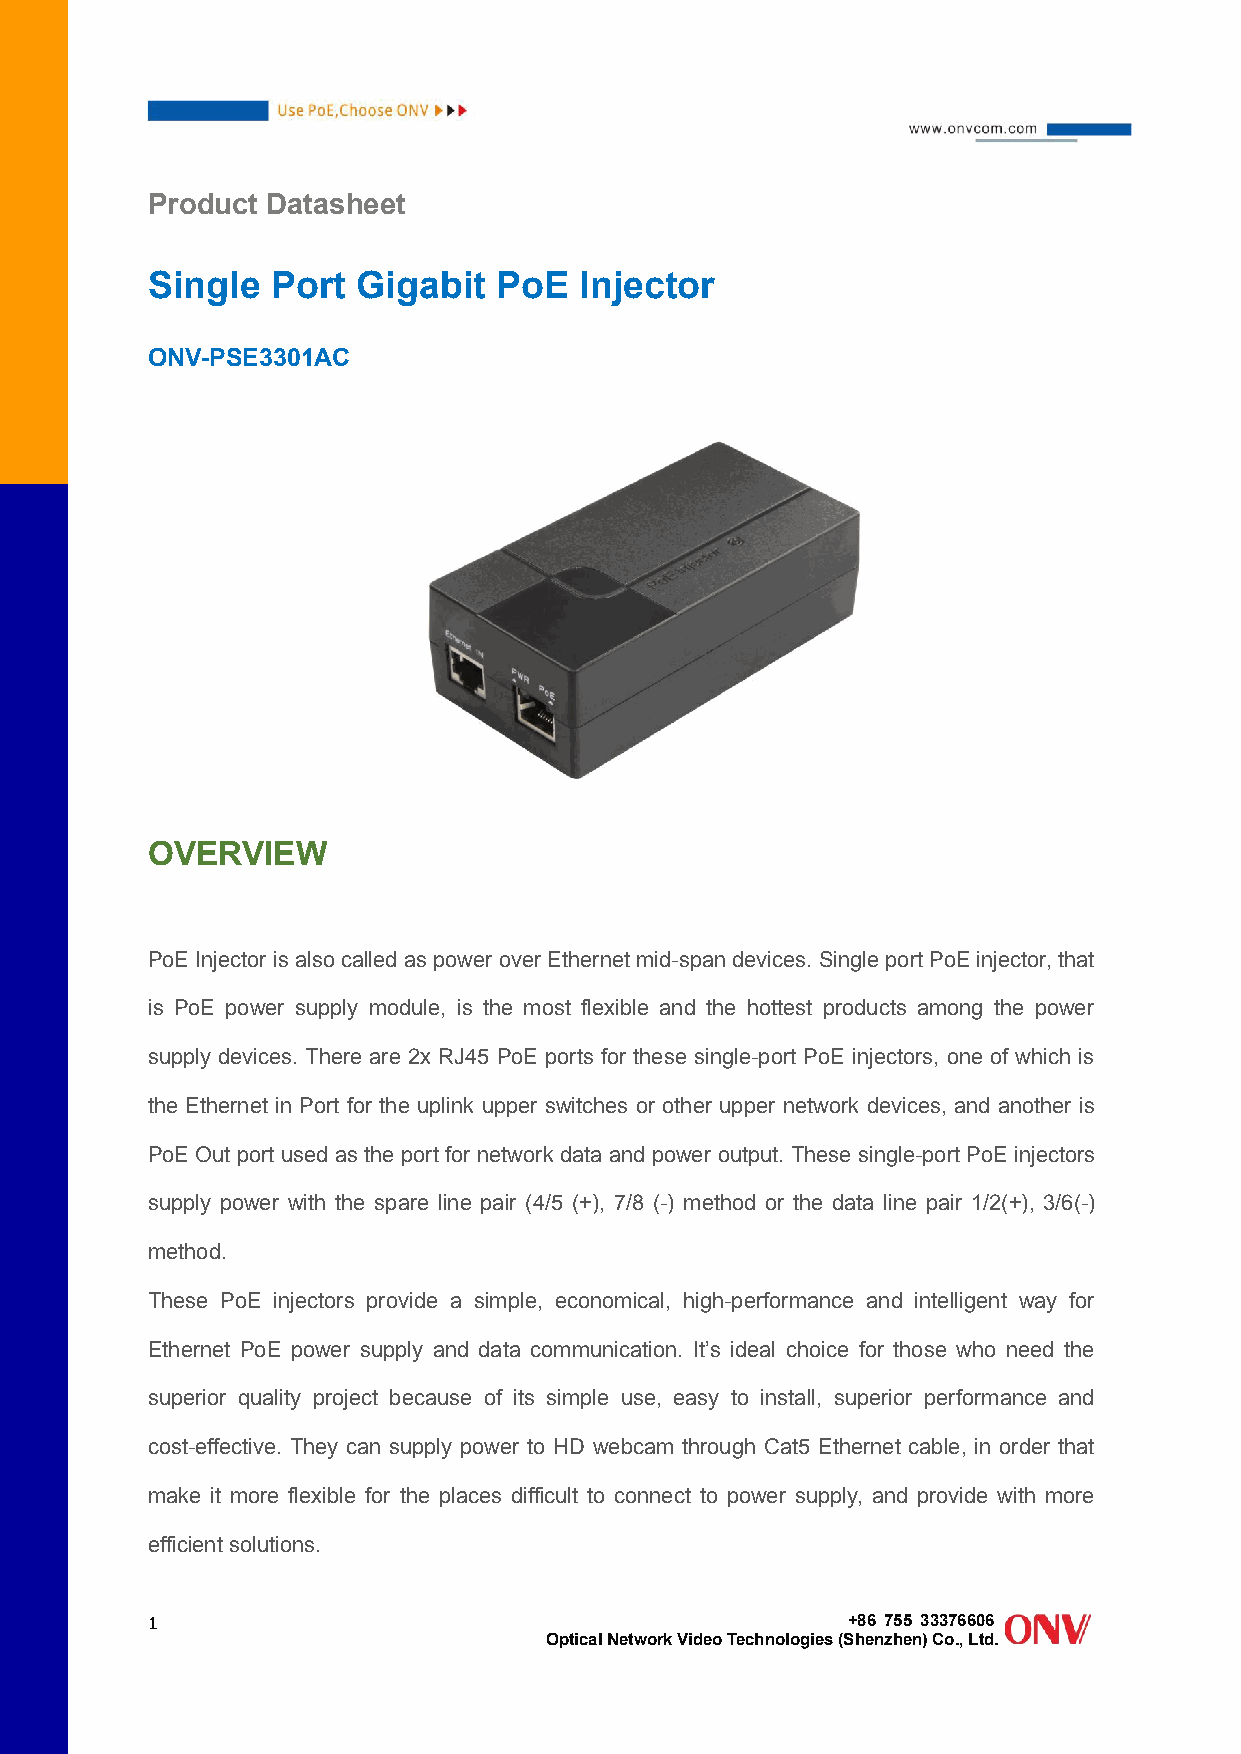
Product Datasheet
 Single  Port  Gigabit  PoE  Injector
 ONV-PSE3301AC
 OVERVIEW
 PoE Injector isalsocalled as power overEthernetmid-spandevices.SingleportPoE injector,that
 is PoE power supply module, is the most flexible and the hottest products among the power
 supply devices. There are 2x RJ45 PoE ports for these single-port PoE injectors, one of which is
 the Ethernet in Port for the uplink upper switches or other upper network devices, and another is
 PoE Out port used as the port for network data and power output.These single-port PoE injectors
 supply power with the spare line pair (4/5 (+), 7/8 (-) method or the data line pair 1/2(+), 3/6(-)
 method.
 These PoE injectors provide a simple, economical, high-performance and intelligent way for
 Ethernet PoE power supply and data communication. It’s ideal choice for those who need the
 superior quality project because of its simple use, easy to install, superior performance and
 cost-effective. They can supply power to HD webcam through Cat5 Ethernet cable, in order that
 make it more flexible for the places difficult to connect to power supply, and provide with more
 efficientsolutions.
 1                                             +86 755 33376606
 OpticalNetworkVideoTechnologies(Shenzhen)Co.,Ltd.